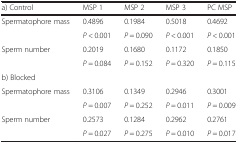
| a) Control | MSP 1 | MSP 2 | MSP 3 | PC MSP |
 | --- | --- | --- | --- | --- |
 | Spermatophore mass | 0.4896 | 0.1984 | 0.5018 | 0.4692 |
 |  | P < 0.001 | P = 0.090 | P < 0.001 | P < 0.001 |
 | Sperm number | 0.2019 | 0.1680 | 0.1172 | 0.1850 |
 |  | P = 0.084 | P = 0.152 | P = 0.320 | P = 0.115 |
 | <COLSPAN=5> b) Blocked |
 | Spermatophore mass | 0.3106 | 0.1349 | 0.2946 | 0.3001 |
 |  | P = 0.007 | P = 0.252 | P = 0.011 | P = 0.009 |
 | Sperm number | 0.2573 | 0.1284 | 0.2962 | 0.2761 |
 |  | P = 0.027 | P = 0.275 | P = 0.010 | P = 0.017 |